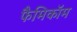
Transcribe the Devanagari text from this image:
फैमिकॉम